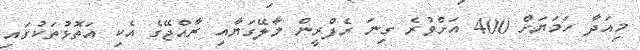
މިއަދާ ހަމަޔަށް 400 އަށްވުރެ ގިނަ ރެފްރީން މާލޭގަޔާއި ރާއްޖޭގެ އެކި އަތޮޅުތަކުގައި